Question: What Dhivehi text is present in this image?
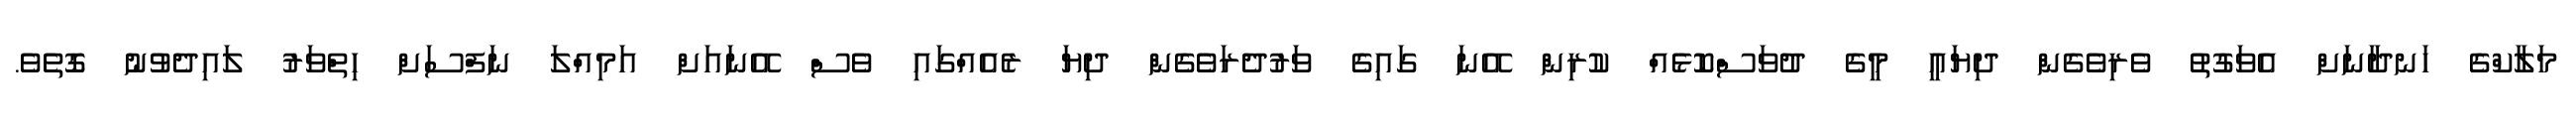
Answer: މަލާކްގެ ހަނދާނަށް އެވަގުތު ވެރިވެގެން ދިޔައީ މީގެ ދުވަސްކޮޅެއް ކުރިން އޭނަ ގައިގެ ވަރުދެރަވެގެން ދިޔަ ރެއެއްގައި ވެސް އޭނައަށް އަމިއްލަ ނަފްސަށް ހިތްވަރު ލައިދެވުނު ގޮތެވެ.